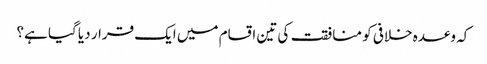
کہ وعدہ خلافی کو منافقت کی تین اقسام میں ایک قرار دیا گیا ہے؟